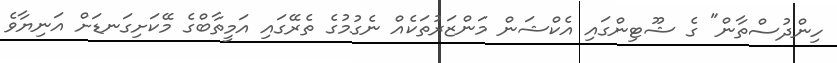
ހިންދުސްތާން" ގެ ޝޫޓިންގައި އެކްޝަން މަންޒަރުތަކެއް ނެގުމުގެ ތެރޭގައި އަމީތާބްގެ މޭކަށިގަނޑަށް އަނިޔާވެ